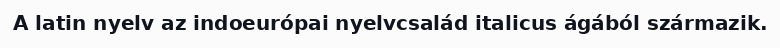
A latin nyelv az indoeurópai nyelvcsalád italicus ágából származik.